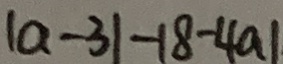
\vert a - 3 \vert - 1 8 - 4 a \vert